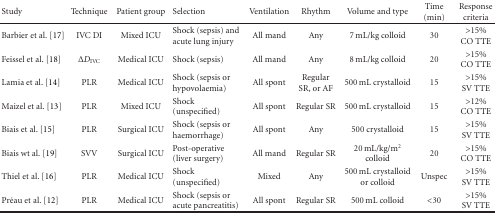
<table><thead><tr><td><b>Study</b></td><td><b>Technique</b></td><td><b>Patient group</b></td><td><b>Selection</b></td><td><b>Ventilation</b></td><td><b>Rhythm</b></td><td><b>Volume and type</b></td><td><b>Time (min)</b></td><td><b>Response criteria</b></td></tr></thead><tbody><tr><td>Barbier et al. [17]</td><td>IVC DI</td><td>Mixed ICU</td><td>Shock (sepsis) and acute lung injury</td><td>All mand</td><td>Any</td><td>7 mL/kg colloid</td><td>30</td><td>&gt;15% CO TTE</td></tr><tr><td>Feissel et al. [18]</td><td>Δ<i>D</i><sub>IVC</sub></td><td>Medical ICU</td><td>Shock (sepsis)</td><td>All mand</td><td>Any</td><td>8 mL/kg colloid</td><td>20</td><td>&gt;15% CO TTE</td></tr><tr><td>Lamia et al. [14]</td><td>PLR</td><td>Medical ICU</td><td>Shock (sepsis or hypovolaemia)</td><td>All spont</td><td>Regular SR, or AF</td><td>500 mL crystalloid</td><td>15</td><td>&gt;15% SV TTE</td></tr><tr><td>Maizel et al. [13]</td><td>PLR</td><td>Mixed ICU</td><td>Shock (unspecified)</td><td>All spont</td><td>Regular SR</td><td>500 mL crystalloid</td><td>15</td><td>&gt;12% CO TTE</td></tr><tr><td>Biais et al. [15]</td><td>PLR</td><td>Surgical ICU</td><td>Shock (sepsis or haemorrhage)</td><td>All spont</td><td>Any</td><td>500 crystalloid</td><td>15</td><td>&gt;15% SV TTE</td></tr><tr><td>Biais wt al. [19]</td><td>SVV</td><td>Surgical ICU</td><td>Post-operative (liver surgery)</td><td>All mand</td><td>Regular SR</td><td>20 mL/kg/m<sup>2</sup> colloid</td><td>20</td><td>&gt;15% CO TTE</td></tr><tr><td>Thiel et al. [16]</td><td>PLR</td><td>Medical ICU</td><td>Shock (unspecified)</td><td>Mixed</td><td>Any</td><td>500 mL crystalloid or colloid</td><td>Unspec</td><td>&gt;15% SV TTE</td></tr><tr><td>Préau et al. [12]</td><td>PLR</td><td>Medical ICU</td><td>Shock (sepsis or acute pancreatitis)</td><td>All spont</td><td>Regular SR</td><td>500 mL colloid</td><td>&lt;30</td><td>&gt;15% SV TTE</td></tr></tbody></table>